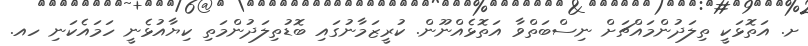
ށ. އަތޮޅަކީ ތިލަދުންމައްޗަށް ނިސްބަތްވާ އަތޮޅެއްނޫން. ކުރީޒަމާނުގައި ބޮޑުތިލަދުންމަތި ކިޔާއުޅެނީ ހަމައެކަނި ހއ.